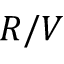
R / V